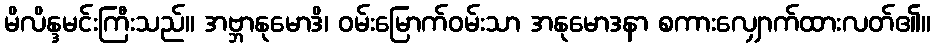
မိလိန္ဒမင်းကြီးသည်။ အဗ္ဘာနုမောဒိ၊ ဝမ်းမြောက်ဝမ်းသာ အနုမောဒနာ စကားလျှောက်ထားလတ်၏။